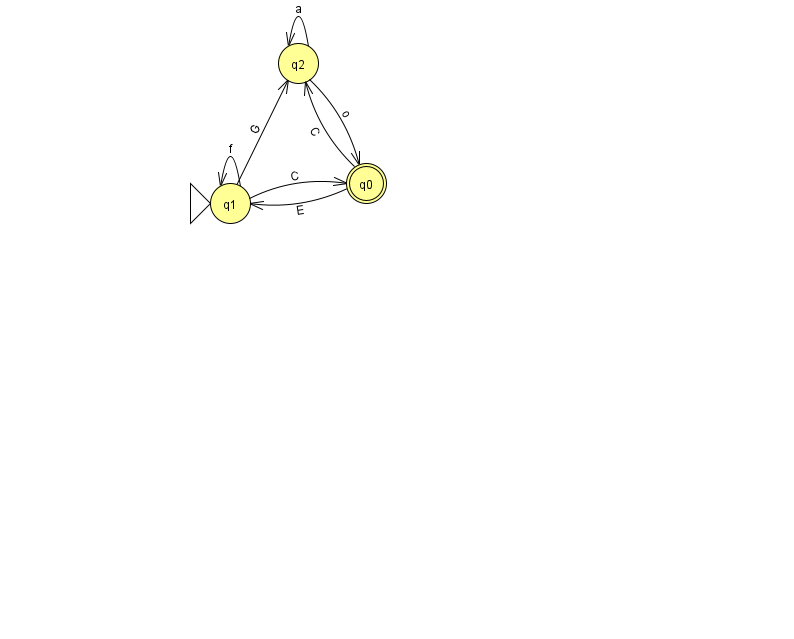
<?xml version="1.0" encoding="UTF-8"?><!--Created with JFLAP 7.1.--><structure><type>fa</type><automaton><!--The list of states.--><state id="0" name="q0"><x>366.0</x><y>170.0</y><final/></state><state id="1" name="q1"><x>230.0</x><y>190.0</y><initial/></state><state id="2" name="q2"><x>298.0</x><y>50.0</y></state><!--The list of transitions.--><transition><from>1</from><to>0</to><read>C</read></transition><transition><from>2</from><to>2</to><read>a</read></transition><transition><from>0</from><to>1</to><read>E</read></transition><transition><from>1</from><to>1</to><read>f</read></transition><transition><from>2</from><to>0</to><read>o</read></transition><transition><from>0</from><to>2</to><read>C</read></transition><transition><from>1</from><to>2</to><read>G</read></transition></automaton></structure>